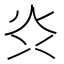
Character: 𭴑